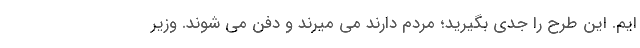
ایم. این طرح را جدی بگیرید؛ مردم دارند می میرند و دفن می شوند. وزیر